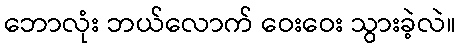
ဘောလုံး ဘယ်လောက် ဝေးဝေး သွားခဲ့လဲ။